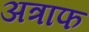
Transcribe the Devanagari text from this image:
अत्राफ